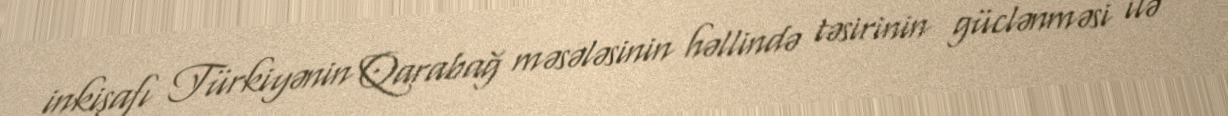
inkişafı Türkiyənin Qarabağ məsələsinin həllində təsirinin güclənməsi ilə